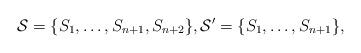
LaTeX: \begin{align*}\mathcal{S} = \{S_1,\dots, S_{n+1}, S_{n+2}\}, \mathcal{S}' = \{S_1,\dots, S_{n+1}\},\end{align*}